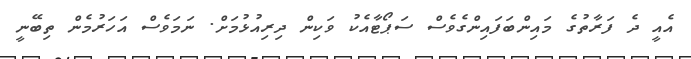
އެއީ ދެ ފަރާތުގެ މައިންބަފައިންގެވެސް ސަޕޯޓާއެކު ވަކިން ދިރިއުޅުމަށް. ނަމަވެސް އަހަރުމެން ތިބޭނީ